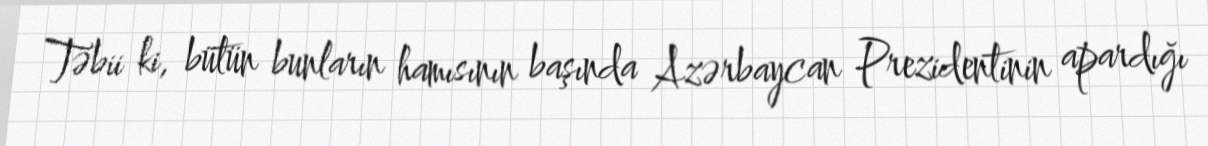
Təbii ki, bütün bunların hamısının başında Azərbaycan Prezidentinin apardığı